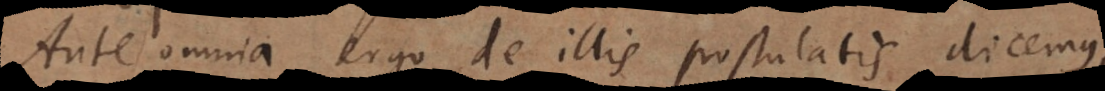
Ante omnia ergo de illis postulatis dicemus,